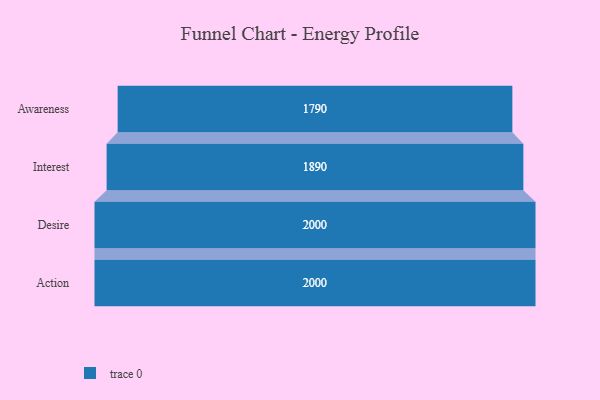
{"axis": {"x": "Stage", "y": "Value"}, "legend": [""], "data": [{"x": "Awareness", "y": 1790.0, "type": ""}, {"x": "Interest", "y": 1890.0, "type": ""}, {"x": "Desire", "y": 2000, "type": ""}, {"x": "Action", "y": 2000, "type": ""}]}